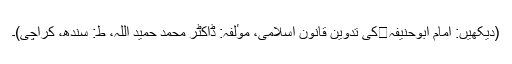
(دیکھیں: امام ابوحنیفہکی تدوین قانون اسلامی، موٴلفہ: ڈاکٹر محمد حمید اللہ، ط: سندھ، کراچی)۔